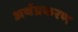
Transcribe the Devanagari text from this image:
अर्थप्रकरण